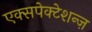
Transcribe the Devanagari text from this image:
एक्सपेक्टेशन्ज़